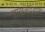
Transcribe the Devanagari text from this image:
साखळदंडांनी